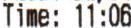
TIME: 11:06